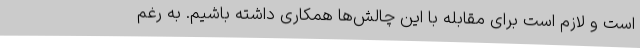
است و لازم است برای مقابله با این چالش‌ها همکاری داشته باشیم. به رغم